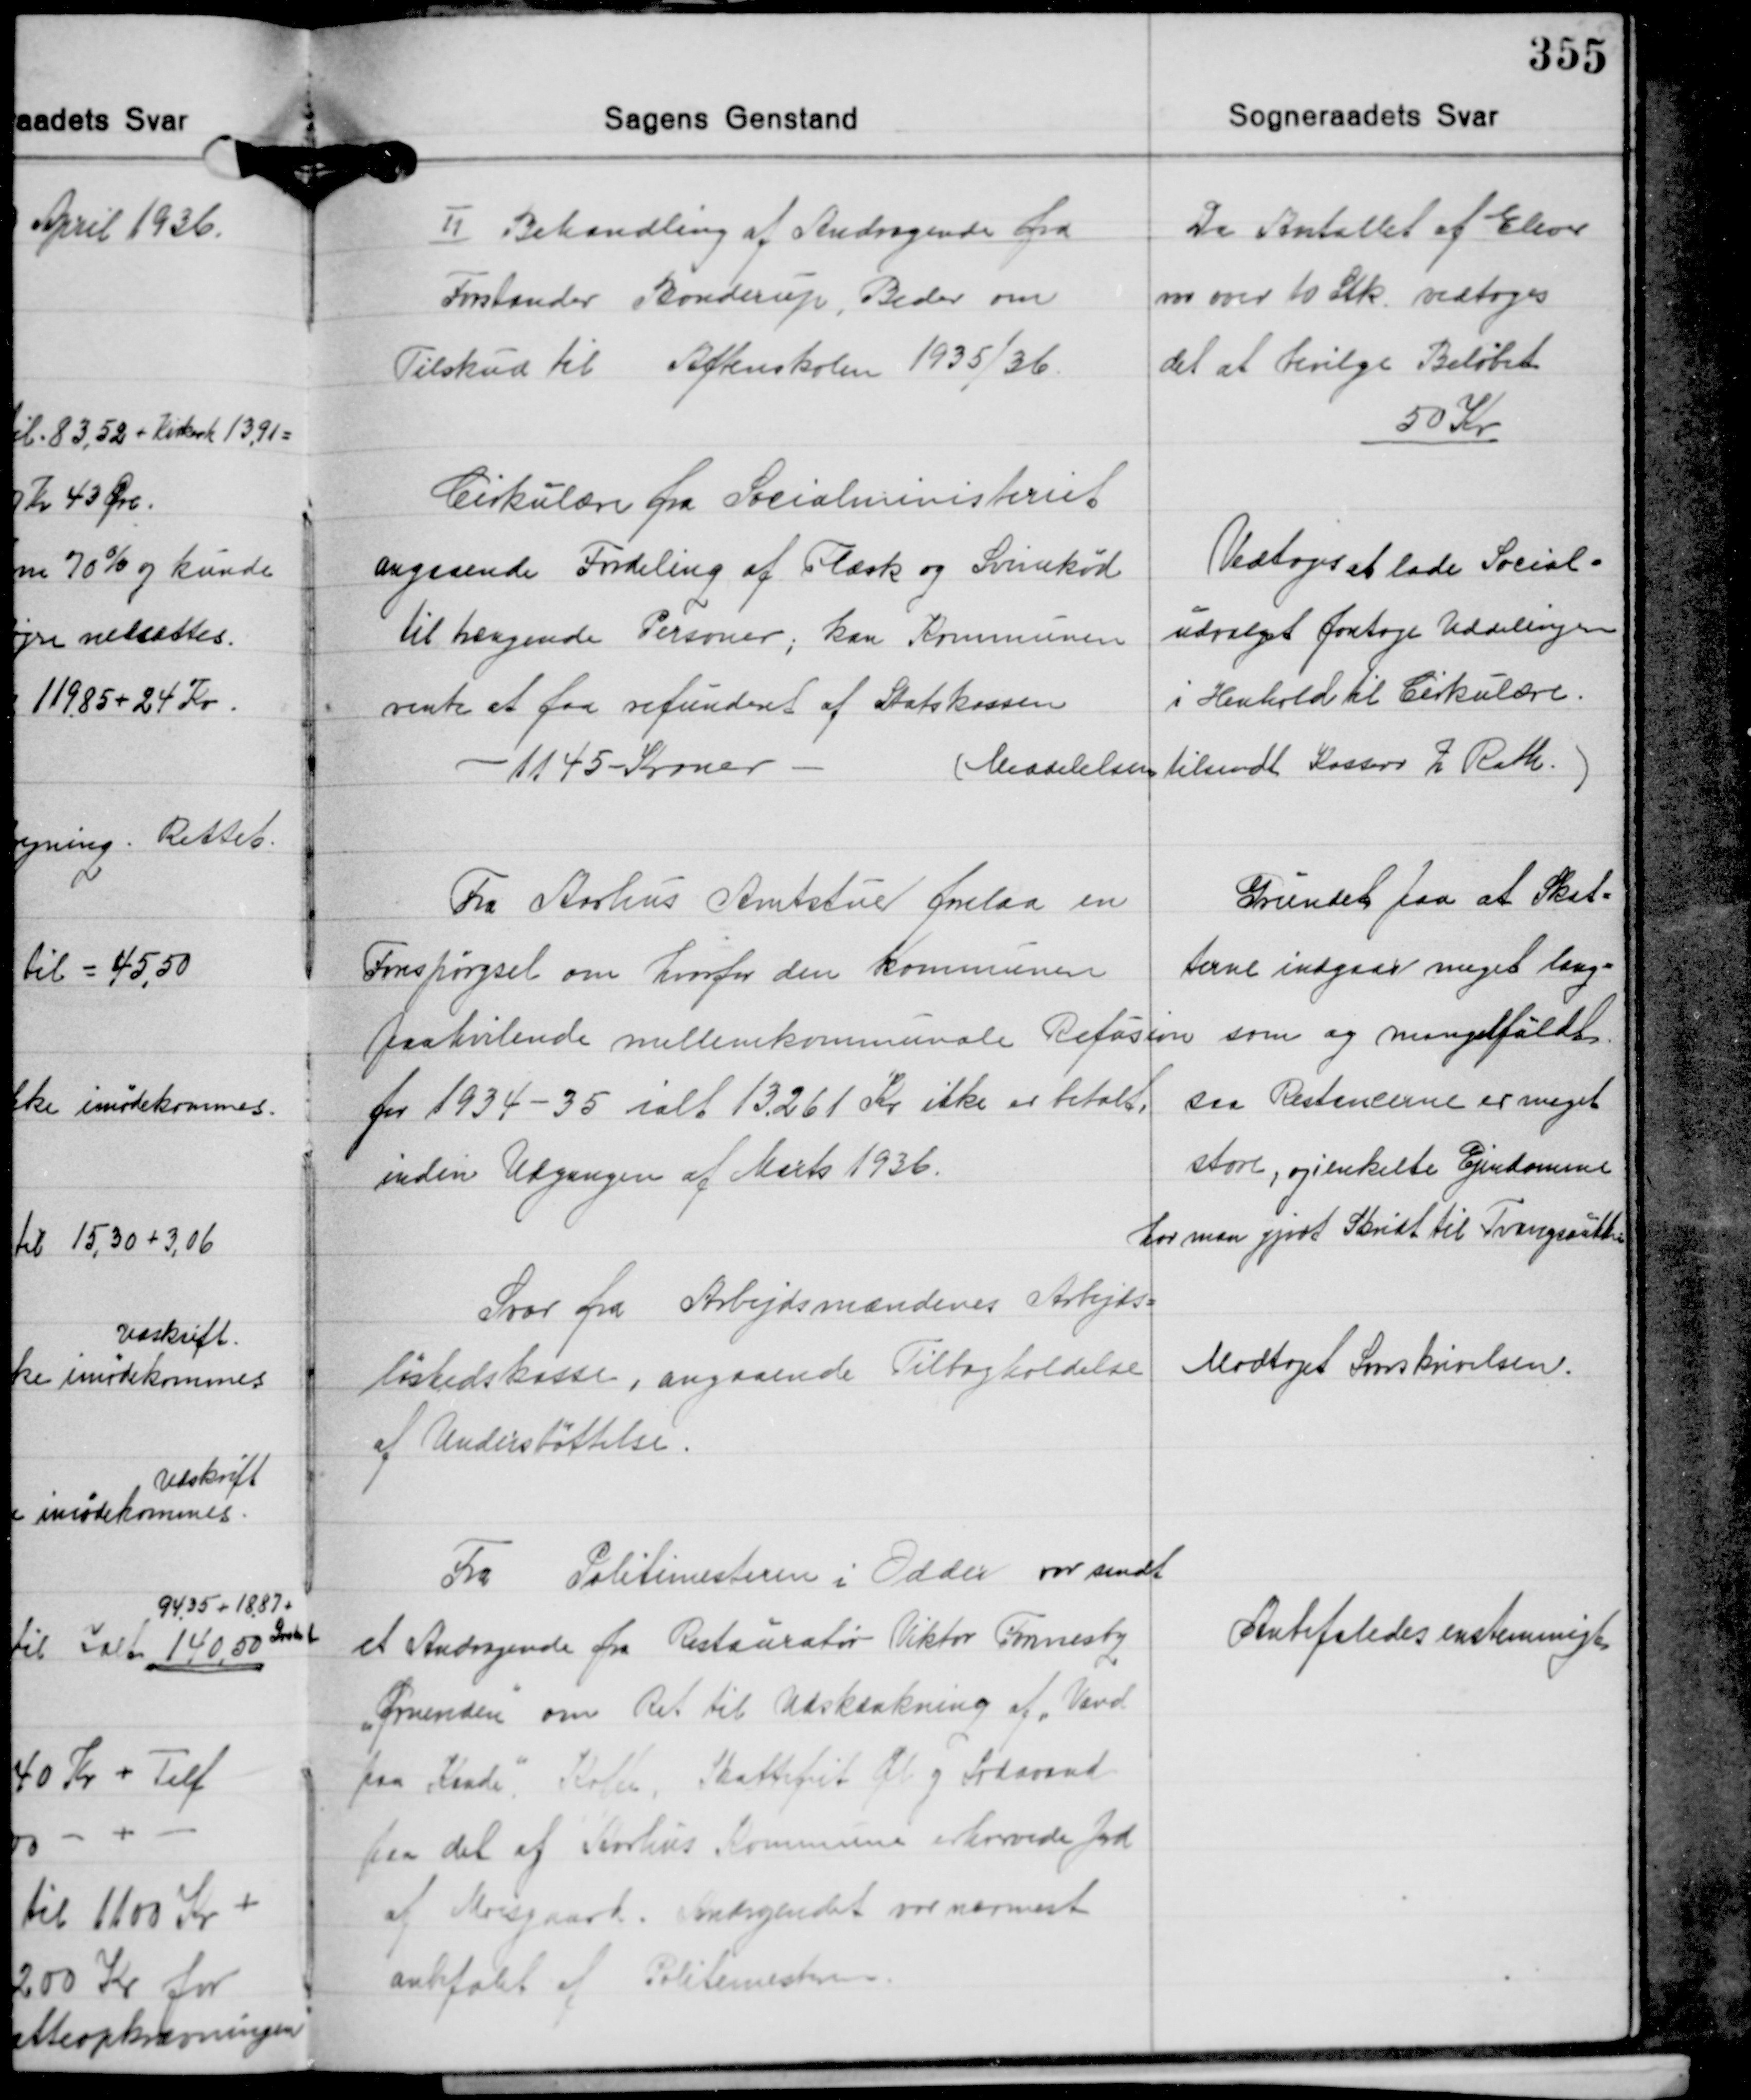
Transskription:
Ⅱ Behandling af Andragende fra
Forstander Bonderup, Beder om
Tilskud til Aftenskolen 1935/36.

Da Antallet af Elever
var over 10 Stk. vedtoges
det at bevilge Beløbet
50 Kr.

Cirkulære fra Socialministeriet
angaaende Fordeling af Flæsk og Svinekød
til trængende Personer, kan Kommunen
vente at faa refunderet af Statskassen

- 1145 Kroner -

Vedtoges at lade Social-
udvalget foretage Uddelingen
i Henhold til Cirkulære.

(Meddelelsen tilsendt Kasserer Z. Rath.

Fra Aarhus Amtstue forelaa en
Forspørgsel om hvorfor den kommunen
paahvilende mellemkommunale Refusion
for 1934-35 ialt 13.261 Kr. ikke er betalt
inden Udgangen af Marts 1936.

Grundet paa at Skat-
terne indgaar meget lang-
som og mangelfuldt
saa Restancerne er meget
store, og enkelte Ejendomme
har man gjort Skridt til Tvangsauktion.

Svar fra Arbejdsmændenes Arbejds-
løshedskasse, angaaende Tilbagholdelse
af Understøttelse.

Modtoget Svarskrivelsen.

Fra Politimesteren i Odder var sendt
et Andragende fra Restauratør Viktor Fonnesty
"Ørnereden" om Ret til Udskænkning af "Vard
paa Kande", Kaffe, Skattefrit Øl og Sodavand
paa det af Aarhus Kommune erhvervede Jord
af Moesgaard. Andragendet var nærmest
anbefalet af Politimesteren.

Anbefaledes enstemmigt